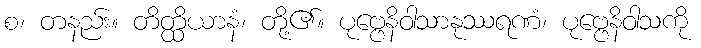
စ၊ တနည်း။ တိတ္ထိယာနံ၊ တို့၏။ ပုဗ္ဗေနိဝါသာနုဿရဏံ၊ ပုဗ္ဗေနိဝါသကို